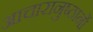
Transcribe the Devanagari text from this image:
आचारानुष्ठानों